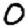
Digit: 0